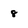
Character: 8